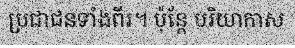
ប្រជាជនទាំងពីរ។ ប៉ុន្តែ បរិយាកាស